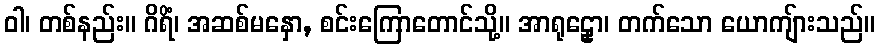
ဝါ၊ တစ်နည်း။ ဂိရိံ၊ အဆစ်မနှော, စင်းကြောတောင်သို့။ အာရုဠှော၊ တက်သော ယောကျ်ားသည်။